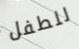
للطفل